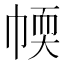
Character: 𢃾